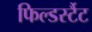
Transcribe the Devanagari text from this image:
फिल्डर्स्टैट